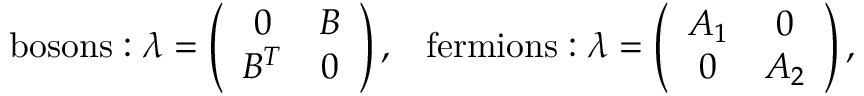
\mathrm { b o s o n s : } \; \lambda = \left( \begin{array} { c c } { { 0 } } & { { B } } \\ { { B ^ { T } } } & { { 0 } } \end{array} \right) , \; \; \; \mathrm { f e r m i o n s : } \; \lambda = \left( \begin{array} { c c } { { A _ { 1 } } } & { { 0 } } \\ { { 0 } } & { { A _ { 2 } } } \end{array} \right) ,